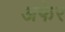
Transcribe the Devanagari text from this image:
अफेर